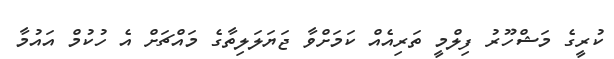
ކުރީގެ މަޝްހޫރު ފިލްމީ ތަރިއެއް ކަމަށްވާ ޖަޔަލަލިތާގެ މައްޗަށް އެ ހުކުމް އައުމާ